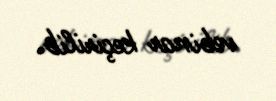
vebinar keçirilib.